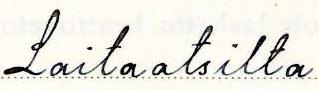
Laitaatsilta